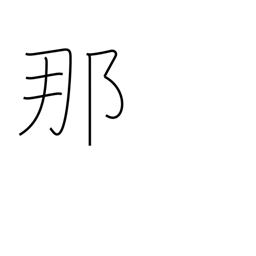
Meaning: what?